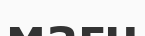
мағн